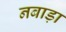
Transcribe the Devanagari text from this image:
नबाड़ा